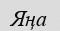
Яңа